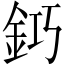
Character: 𨥿